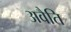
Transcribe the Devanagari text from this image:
अवैति